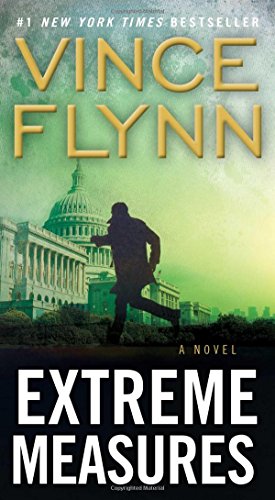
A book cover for Extreme Measures: A Thriller (The Mitch Rapp Series); Vince Flynn; Mystery, Thriller & Suspense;